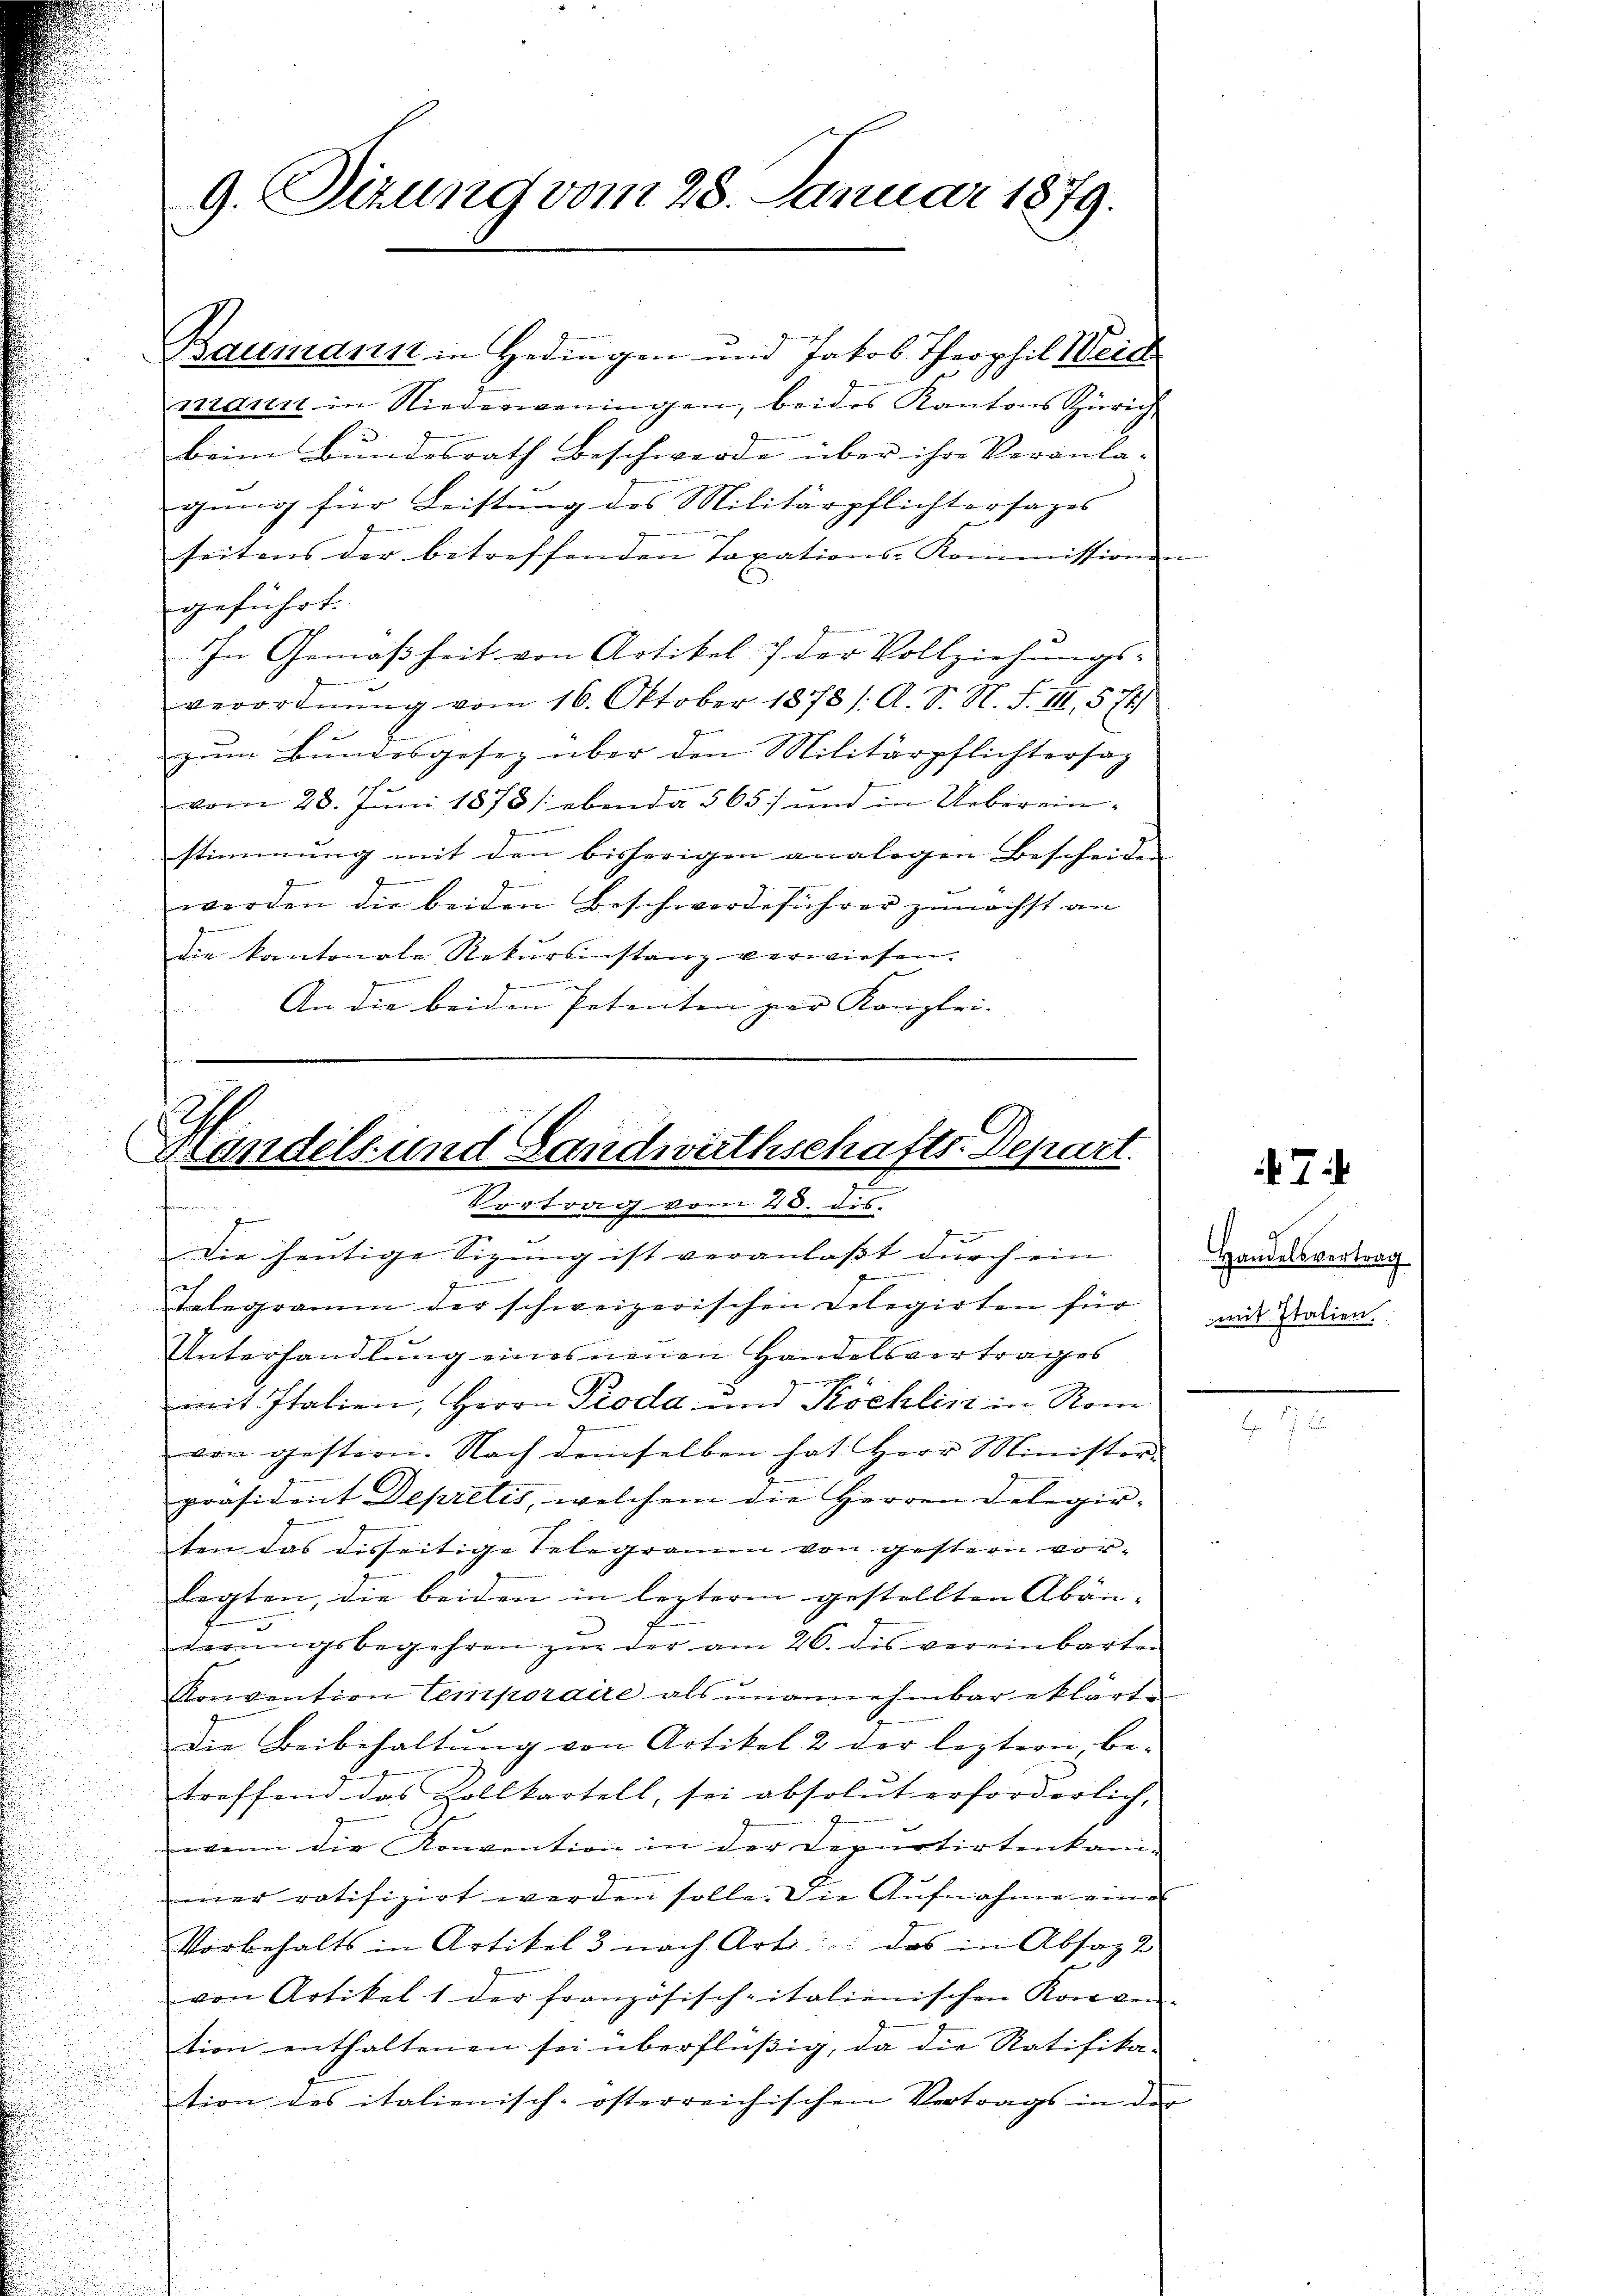
9. Sizung vom 28. Januar 1879.

S
Handels- und Landwirthschafts-Depart.
Vortrag vom 20. ds.
¬
Die heutige Sizung ist veranlaßt durch ein

Baumann in Hedingen und Jakob Theophil Weid
mann in Niederweningen, beides Kantons Zürich
beim Bundesrath Beschwerde über ihre Veranla-
gung für Leistung des Militärpflichtersages
seitens der betreffenden Taxations-Kommissionen
geführt:
In Gemäßheit von Artikel der Vollziehungs-
verordnung vom 16. Oktober 1878 / A. S. N. F. III, 57
zŭm Bŭndesgesez über den Militärpflichtersag
vom 28. Juni 1878 / ebenda 565 und in Uebereinstimmung mit den bisherigen analogen Bescheiden |
werden die beiden Beschwerdeführer zunächst an
die kantonale Rekursinstanz verwiesen.
g
d
An die beiden Petenten par Kanzlei-

Telegramm der schweizerischen Delegirten für
Unterhandlung eines neuen Handelsvertrages
mit Italien, Herrn Proda und Köchlin in Rom
von gestern. Nach demselben hat Herr Minister-
präsident Depretis, welchem die Herren Delegirten das disseitige Telegramm von gestern vorlegten, die beiden in lezteren gestellten Abän¬
.
werŭngsbegehren zŭr der am 26. des vereinbarten
Konvention temporaire als unannehmbar eklärte
Die Beibehaltung von Artikel 2 der leztern, be-
treffend das Zollkartell, sei absolut erforderlich,
wenn die Konvention in der Deputirtenkani-
mer ratifizirt werden solle. Die Aŭfnahme eine
Vorbehalts in Artikel 3 nach Art: das in Absagt
von Artikel 1 der französischpitalienischen Konven-
tion enthaltenen sei überflüßig, da die Ratifika-
tion des italienisch-österreichischen Vertrags in der

47

Handelsvertrag
mit Italien.